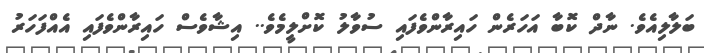
ބަލާލިއެވެ. ނާދް ކޮބާ އަހަރެން ހައިރާންވެފައި ސުވާލު ކޮށްލީމެވެ.. އިޝާވެސް ހައިރާންވެފައި އެއްފަހަރު